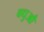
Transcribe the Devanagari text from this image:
वधुऔ